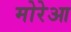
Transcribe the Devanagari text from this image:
मोरेआ